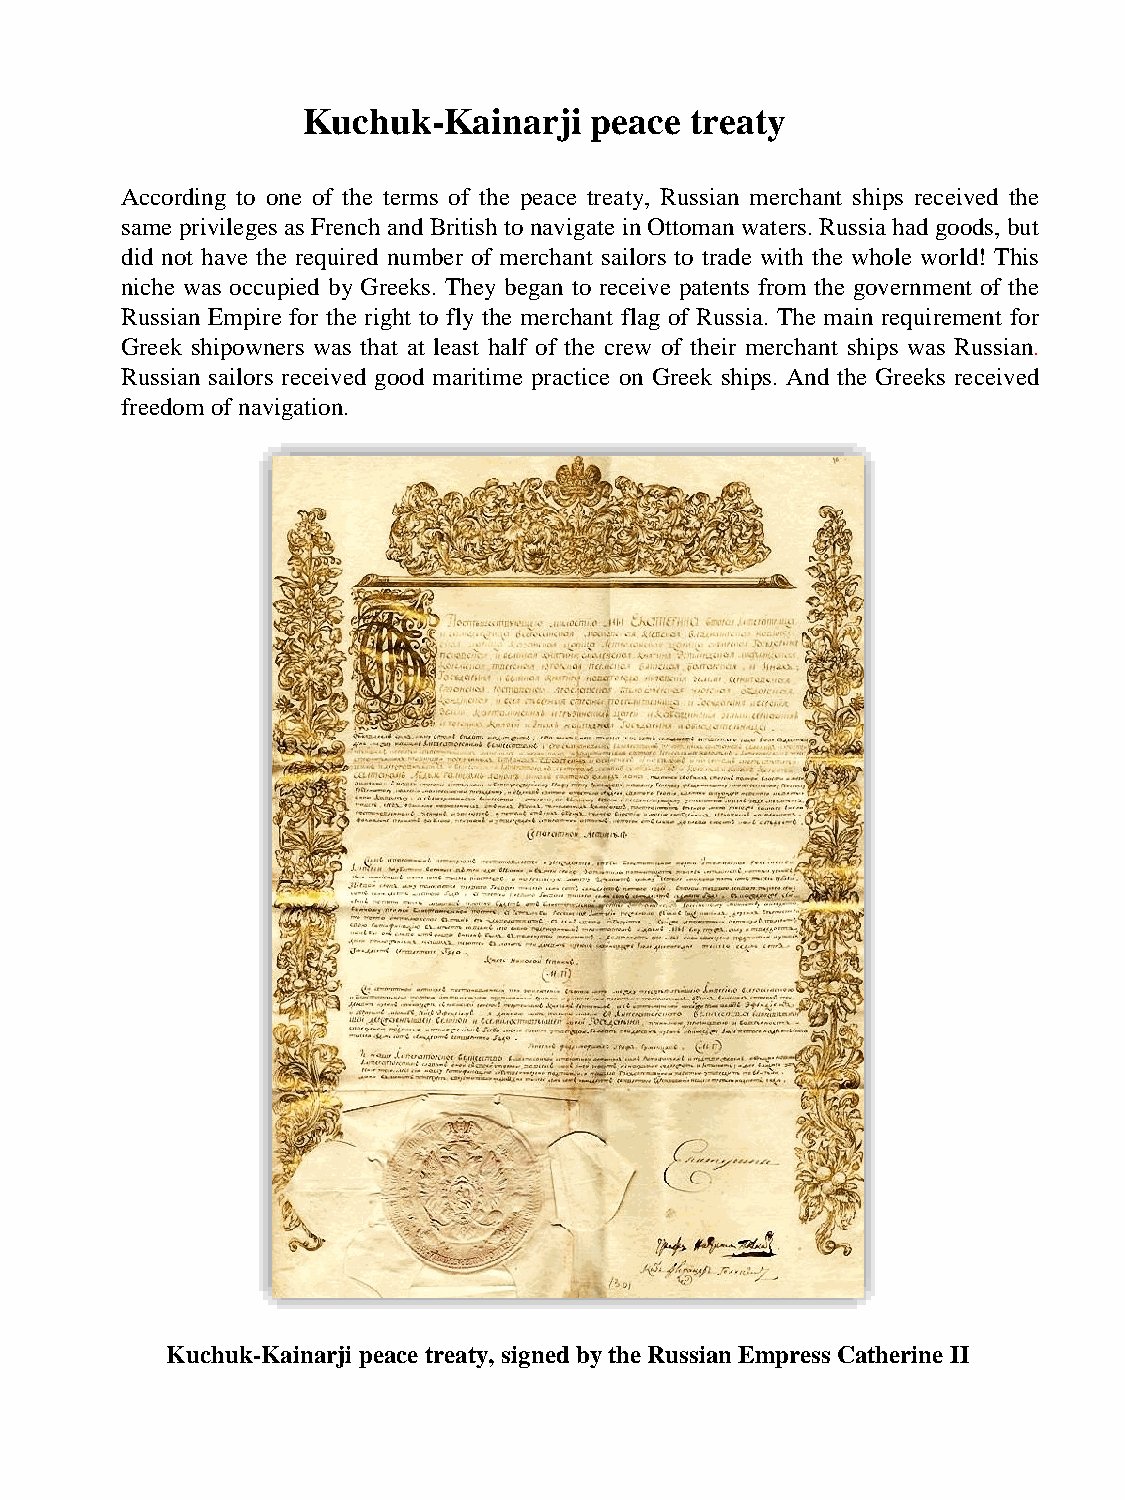
Kuchuk-Kainarji    peace  treaty
 According to one of the terms of the peace treaty, Russian merchant ships received the
 sameprivileges as French and British tonavigate inOttoman waters.Russiahad goods, but
 did not have the required number of merchant sailors to trade with the whole world! This
 niche was occupied by Greeks. They began to receive patents from the government of the
 Russian Empire for the right to fly the merchant flag of Russia. The main requirement for
 Greek shipowners was that at least half of the crew of their merchant ships was Russian.
 Russian sailors received good maritime practice on Greek ships. And the Greeks received
 freedom of navigation.
 Kuchuk-Kainarji peace treaty, signed by the Russian Empress Catherine II